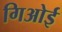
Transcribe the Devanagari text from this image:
गिओई